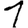
Digit: 1